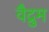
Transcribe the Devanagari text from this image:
वैद्रुम